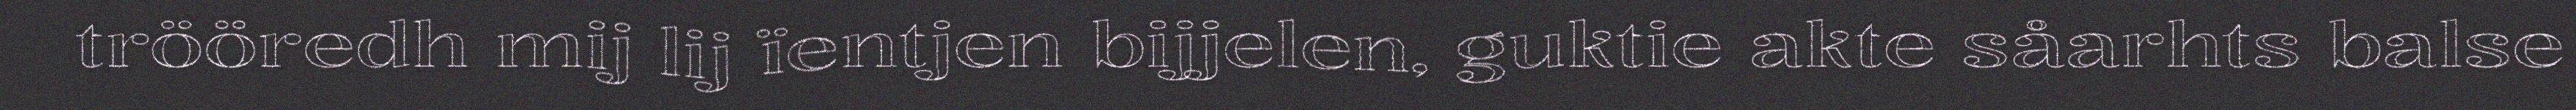
trööredh mij lij ïentjen bijjelen, guktie akte såarhts balse